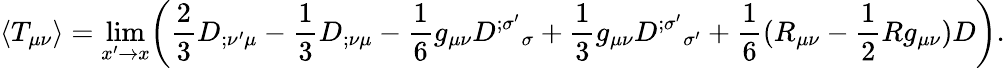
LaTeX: \langle T_{\mu\nu}\rangle=\operatorname*{lim}_{x^{\prime}\rightarrow x}\biggl({\frac{2}{3}}D_{;\nu^{\prime}\mu}-{\frac{1}{3}}D_{;\nu\mu}-{\frac{1}{6}}g_{\mu\nu}D^{;\sigma^{\prime}}{}_{\sigma}+{\frac{1}{3}}g_{\mu\nu}D^{;\sigma^{\prime}}{}_{\sigma^{\prime}}+{\frac{1}{6}}(R_{\mu\nu}-{\frac{1}{2}}Rg_{\mu\nu})D\biggr).